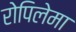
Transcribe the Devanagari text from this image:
रोपिलेमा